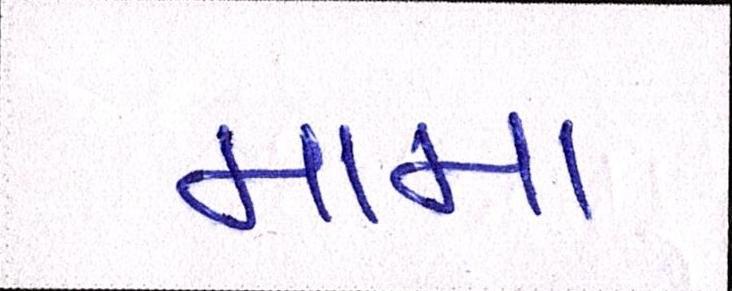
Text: મામા